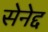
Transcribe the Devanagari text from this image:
सेनेद्द